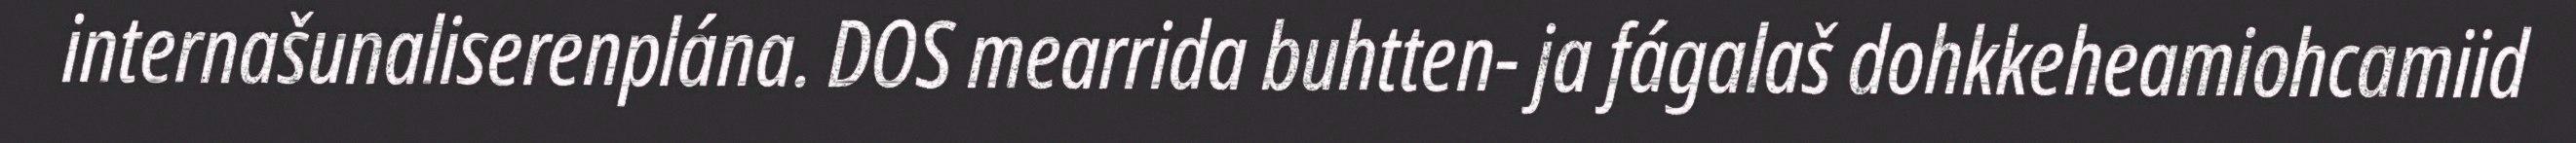
internašunaliserenplána. DOS mearrida buhtten- ja fágalaš dohkkeheamiohcamiid